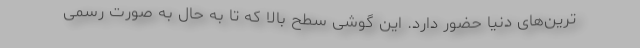
ترین‌های دنیا حضور دارد. این گوشی سطح بالا که تا به حال به صورت رسمی